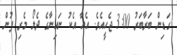
ގަޑިން ބަރާބަރު 3:00 ޖެހީއެވެ. އެއާ އެކު ނައިނާގެ ދެލޯ މެރި ފުން